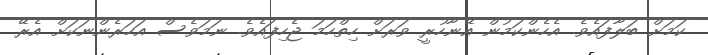
ކަމަށް ބަލާފައެވެ. އެހެންކަމުން އޭނާހުރީ ވަރަށް ހިތްހަމަ ޖެހިފައެވެ. ނަމަވެސް އަހަރެންނަކަށް އެރޭ